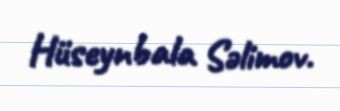
Hüseynbala Səlimov.